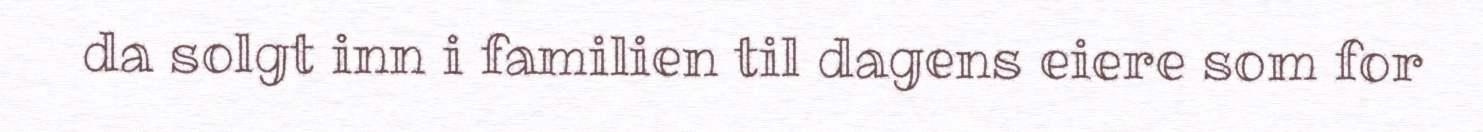
da solgt inn i familien til dagens eiere som for